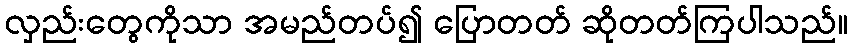
လှည်းတွေကိုသာ အမည်တပ်၍ ပြောတတ် ဆိုတတ်ကြပါသည်။